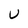
Character: U